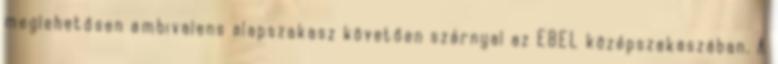
meglehetősen ambivalens alapszakasz követően szárnyal az EBEL középszakaszában. A